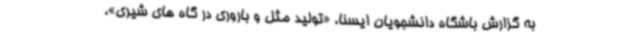
به گزارش باشگاه دانشجویان ایسنا، «تولید مثل و باروری در گاه های شیری»،